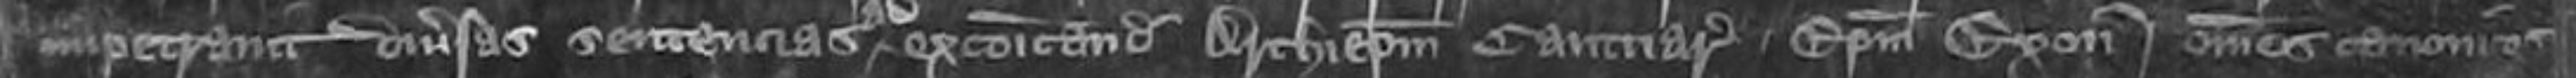
impetravit diversas sententias ad excommunicandi Archiepiscopum Cantuari Episcopum Exonie omnes canonicos